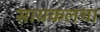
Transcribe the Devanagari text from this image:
सायकलचा